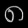
Digit: ၈